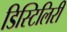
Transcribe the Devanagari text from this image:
डिस्टिलिरी